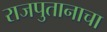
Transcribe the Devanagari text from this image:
राजपुतानाचा